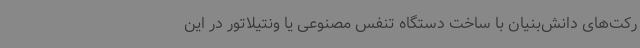
رکت‌های دانش‌بنیان با ساخت دستگاه تنفس مصنوعی یا ونتیلاتور در این